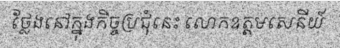
ថ្លែងនៅក្នុងកិច្ចប្រជុំនេះ លោកឧត្តមសេនីយ៍